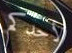
لأحدكم